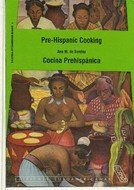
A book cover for Prehispanic Cooking (Biblioteca interamericana bilingue); Ana M. de Benitez; Cookbooks, Food & Wine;